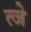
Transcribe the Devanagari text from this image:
त्जे